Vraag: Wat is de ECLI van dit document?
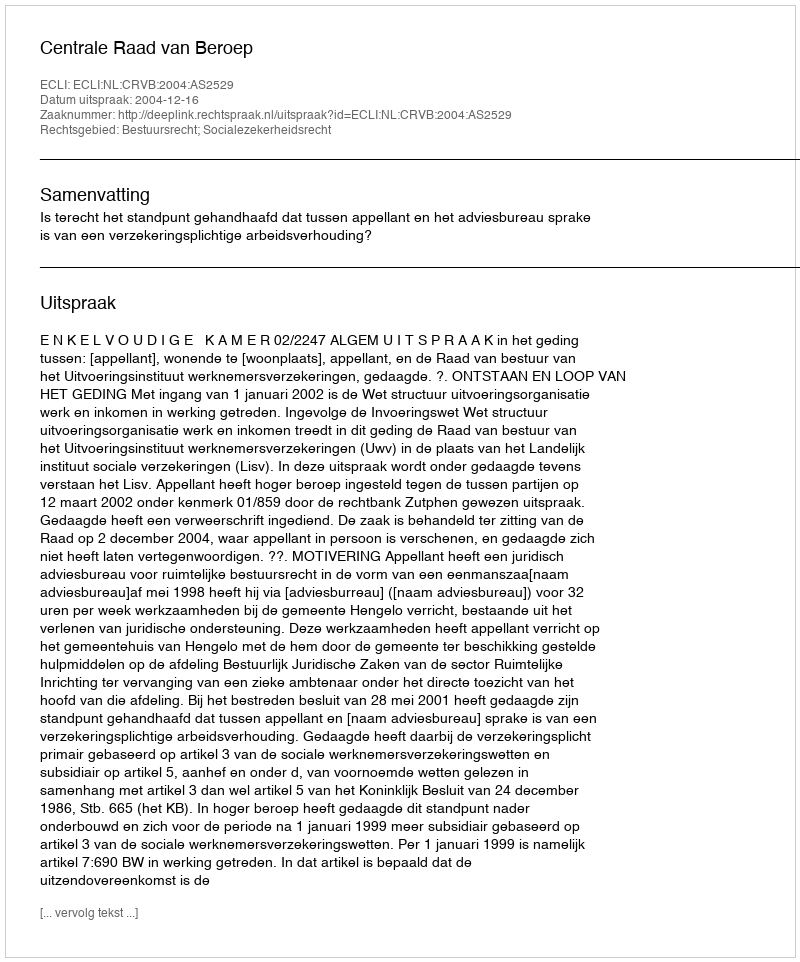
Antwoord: ECLI:NL:CRVB:2004:AS2529